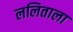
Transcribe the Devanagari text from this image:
ललिताला